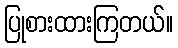
ပြုစားထားကြတယ်။